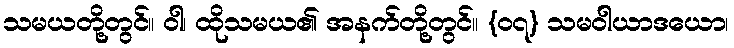
သမယတို့တွင်။ ဝါ၊ ထိုသမယ၏ အနက်တို့တွင်။ {၀၇} သမဝါယာဒယော၊